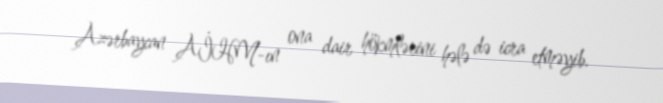
Azərbaycan AİHM-ın ona dair hökmlərini hələ də icra etməyib.